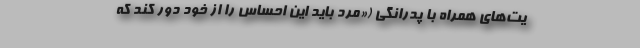
یت‌های همراه با پدرانگی («مرد باید این احساس را از خود دور کند که